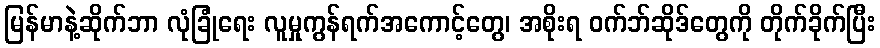
မြန်မာနဲ့ဆိုက်ဘာ လုံခြုံရေး လူမှုကွန်ရက်အကောင့်တွေ၊ အစိုးရ ဝက်ဘ်ဆိုဒ်တွေကို တိုက်ခိုက်ပြီး